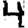
Digit: 4